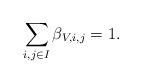
LaTeX: \begin{align*}\sum_{i,j\in I} \beta_{V, i,j} = 1.\end{align*}